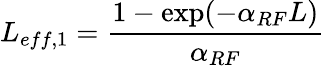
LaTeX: L_{eff,1}=\frac{1-\exp(-\alpha_{RF}L)}{\alpha_{RF}}